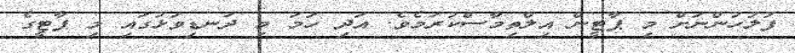
ފުލުހުންނަށް މި ޕާޓީން އިލްތިމާސްކުރަމެވެ. އަދި ހަމަ މި ދަނޑިވަޅުގައި މި ޕާޓީގެ